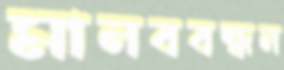
মানববন্ধন